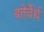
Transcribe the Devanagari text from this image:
बतेर्वेर्थ